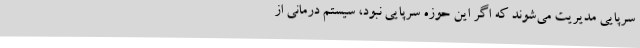
سرپایی مدیریت می‌شوند که اگر این حوزه سرپایی نبود، سیستم درمانی از